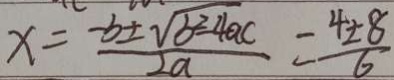
x = \frac { - b \pm \sqrt { b ^ { 2 } - 4 a c } } { 2 a } = \frac { 4 \pm 8 } { 6 }